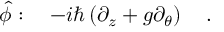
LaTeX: \hat { \phi } : \ \ \ - i \hbar \left( \partial _ { z } + g \partial _ { \theta } \right) \ \ \ .